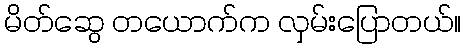
မိတ်ဆွေ တယောက်က လှမ်းပြောတယ်။